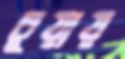
চুয়ায়